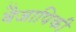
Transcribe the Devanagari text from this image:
वैजापिकी